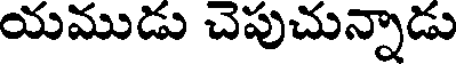
యముడు చెపుచున్నాడు